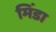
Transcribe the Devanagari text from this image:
मिंडा